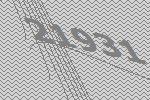
21931